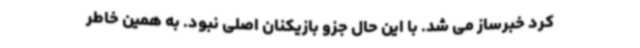
کرد خبرساز می شد. با این حال جزو بازیکنان اصلی نبود. به همین خاطر